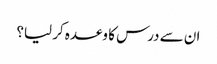
ان سے درس کا وعدہ کر لیا؟